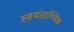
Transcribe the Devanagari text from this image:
स्वयंताथ्यिक